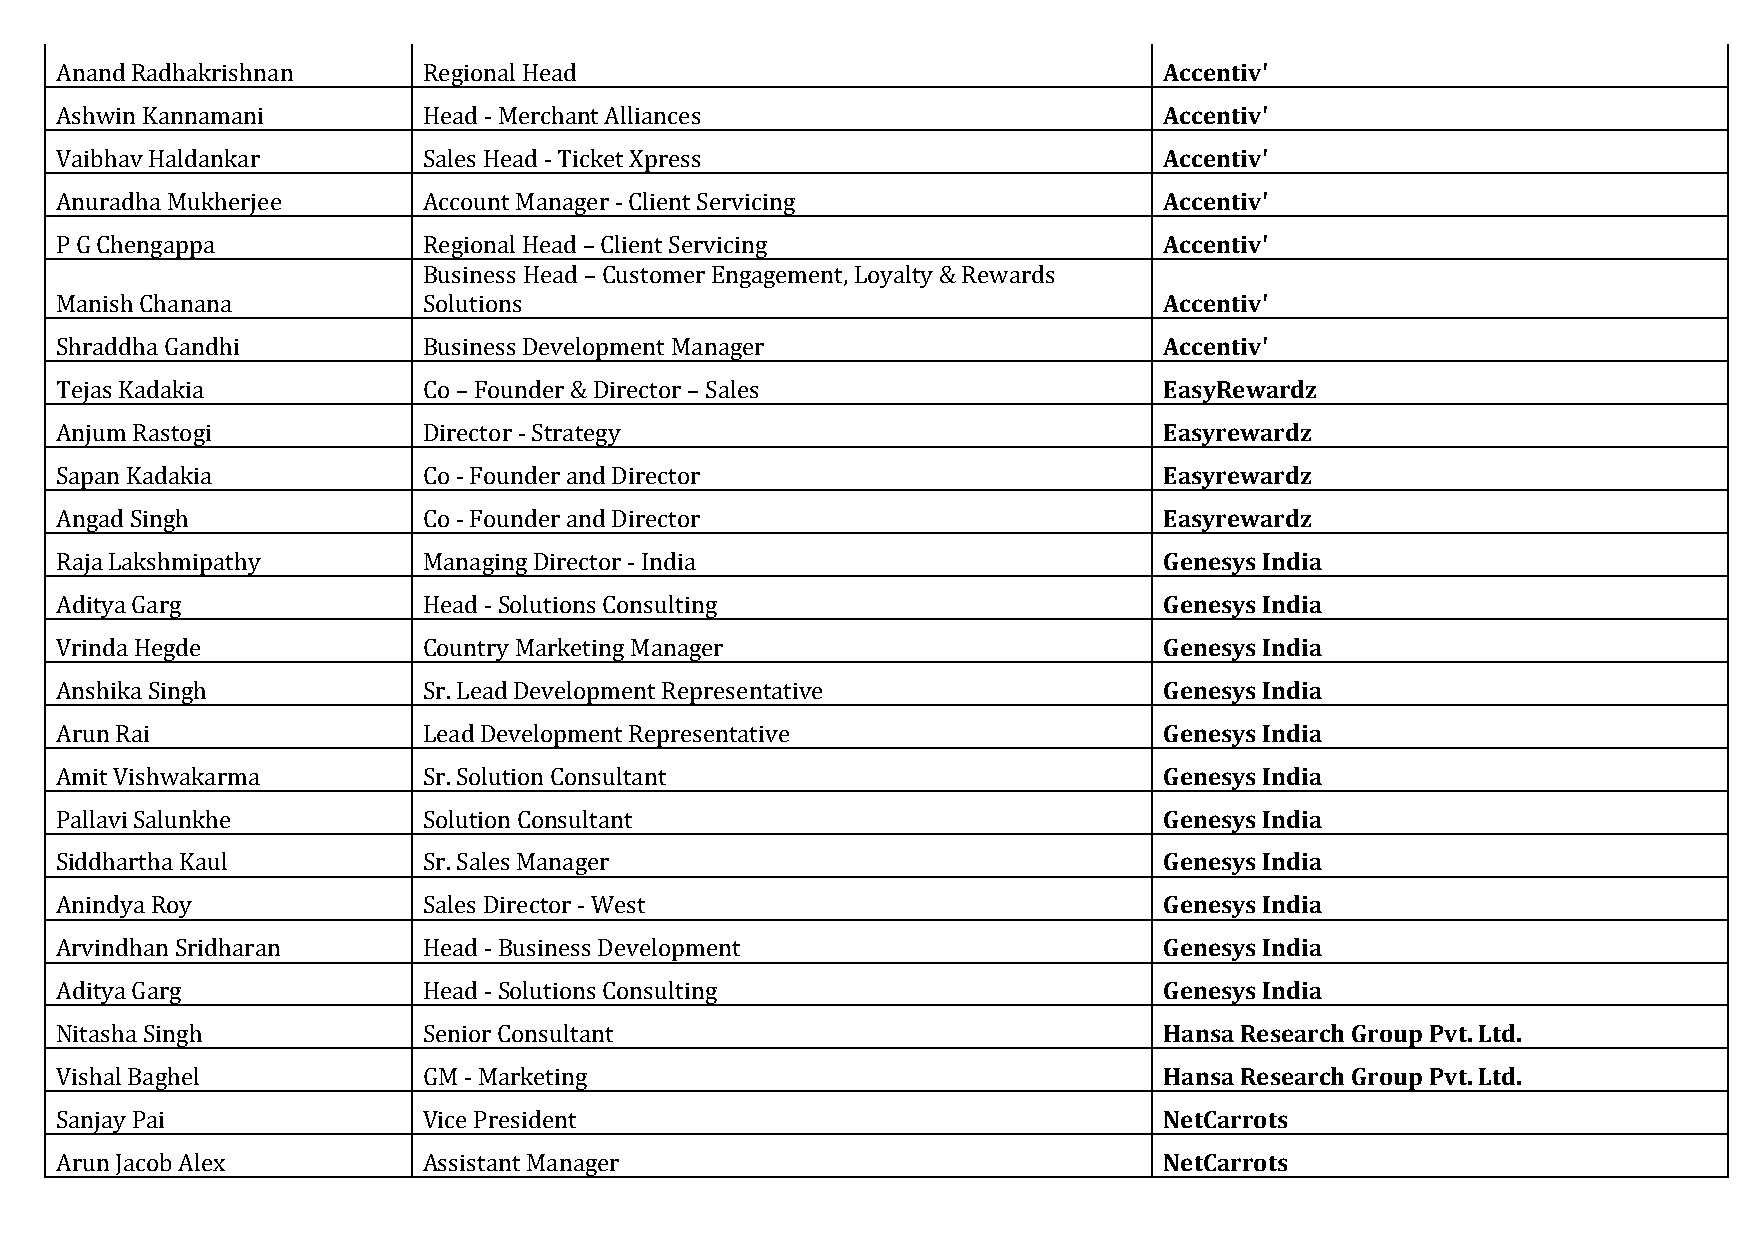
Anand Radhakrishnan     Regional Head                                    Accentiv'
 Ashwin Kannamani        Head - Merchant Alliances                        Accentiv'
 Vaibhav Haldankar       Sales Head - Ticket Xpress                       Accentiv'
 Anuradha Mukherjee      Account Manager - Client Servicing               Accentiv'
 P G Chengappa           Regional Head – Client Servicing                 Accentiv'
 Business Head – Customer Engagement, Loyalty & Rewards
 Manish Chanana          Solutions                                        Accentiv'
 Shraddha Gandhi         Business Development Manager                     Accentiv'
 Tejas Kadakia           Co – Founder & Director – Sales                  EasyRewardz
 Anjum Rastogi           Director - Strategy                              Easyrewardz
 Sapan Kadakia           Co - Founder and Director                        Easyrewardz
 Angad Singh             Co - Founder and Director                        Easyrewardz
 Raja Lakshmipathy       Managing Director - India                        Genesys India
 Aditya Garg             Head - Solutions Consulting                      Genesys India
 Vrinda Hegde            Country Marketing Manager                        Genesys India
 Anshika Singh           Sr. Lead Development Representative              Genesys India
 Arun Rai                Lead Development Representative                  Genesys India
 Amit Vishwakarma        Sr. Solution Consultant                          Genesys India
 Pallavi Salunkhe        Solution Consultant                              Genesys India
 Siddhartha Kaul         Sr. Sales Manager                                Genesys India
 Anindya Roy             Sales Director - West                            Genesys India
 Arvindhan Sridharan     Head - Business Development                      Genesys India
 Aditya Garg             Head - Solutions Consulting                      Genesys India
 Nitasha Singh           Senior Consultant                                Hansa Research Group Pvt. Ltd.
 Vishal Baghel           GM - Marketing                                   Hansa Research Group Pvt. Ltd.
 Sanjay Pai              Vice President                                   NetCarrots
 Arun Jacob Alex         Assistant Manager                                NetCarrots